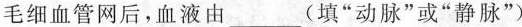
毛细血管网后，血液由___(填”动脉”或”静脉”